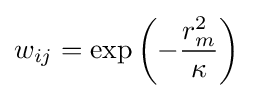
w_{ij}=\exp \left(-{\frac {r_{m}^{2}}{\kappa }}\right)